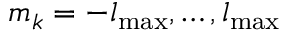
m _ { k } = - l _ { \mathrm { m a x } } , \ldots , l _ { \mathrm { m a x } }